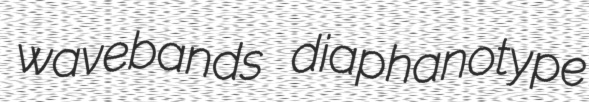
wavebands diaphanotype